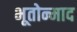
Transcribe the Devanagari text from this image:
भूतोन्माद